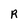
Character: R